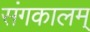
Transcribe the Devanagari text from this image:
संगकालम्